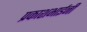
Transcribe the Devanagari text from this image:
प्रकाशभाईनी